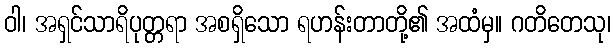
ဝါ၊ အရှင်သာရိပုတ္တရာ အစရှိသော ရဟန်းတာတို့၏ အထံမှ။ ဂတိတေသု၊